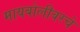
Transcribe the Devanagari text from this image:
मायबोलीवरचे